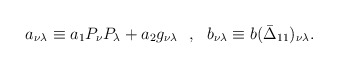
\begin{align*}a_{\nu\lambda}\equiv a_1P_\nu P_\lambda +a_2g_{\nu\lambda}~~,~~b_{\nu\lambda}\equiv b(\bar \Delta _{11})_{\nu\lambda} .\end{align*}